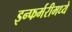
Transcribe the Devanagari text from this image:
इन्फर्मरीमध्ये